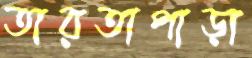
তারতাপাড়া